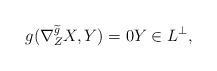
LaTeX: \begin{align*}g(\nabla^{\widetilde{g}}_Z X,Y) = 0 Y \in L^{\bot}, \end{align*}